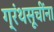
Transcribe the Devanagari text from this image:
ग्रंथसूचींना